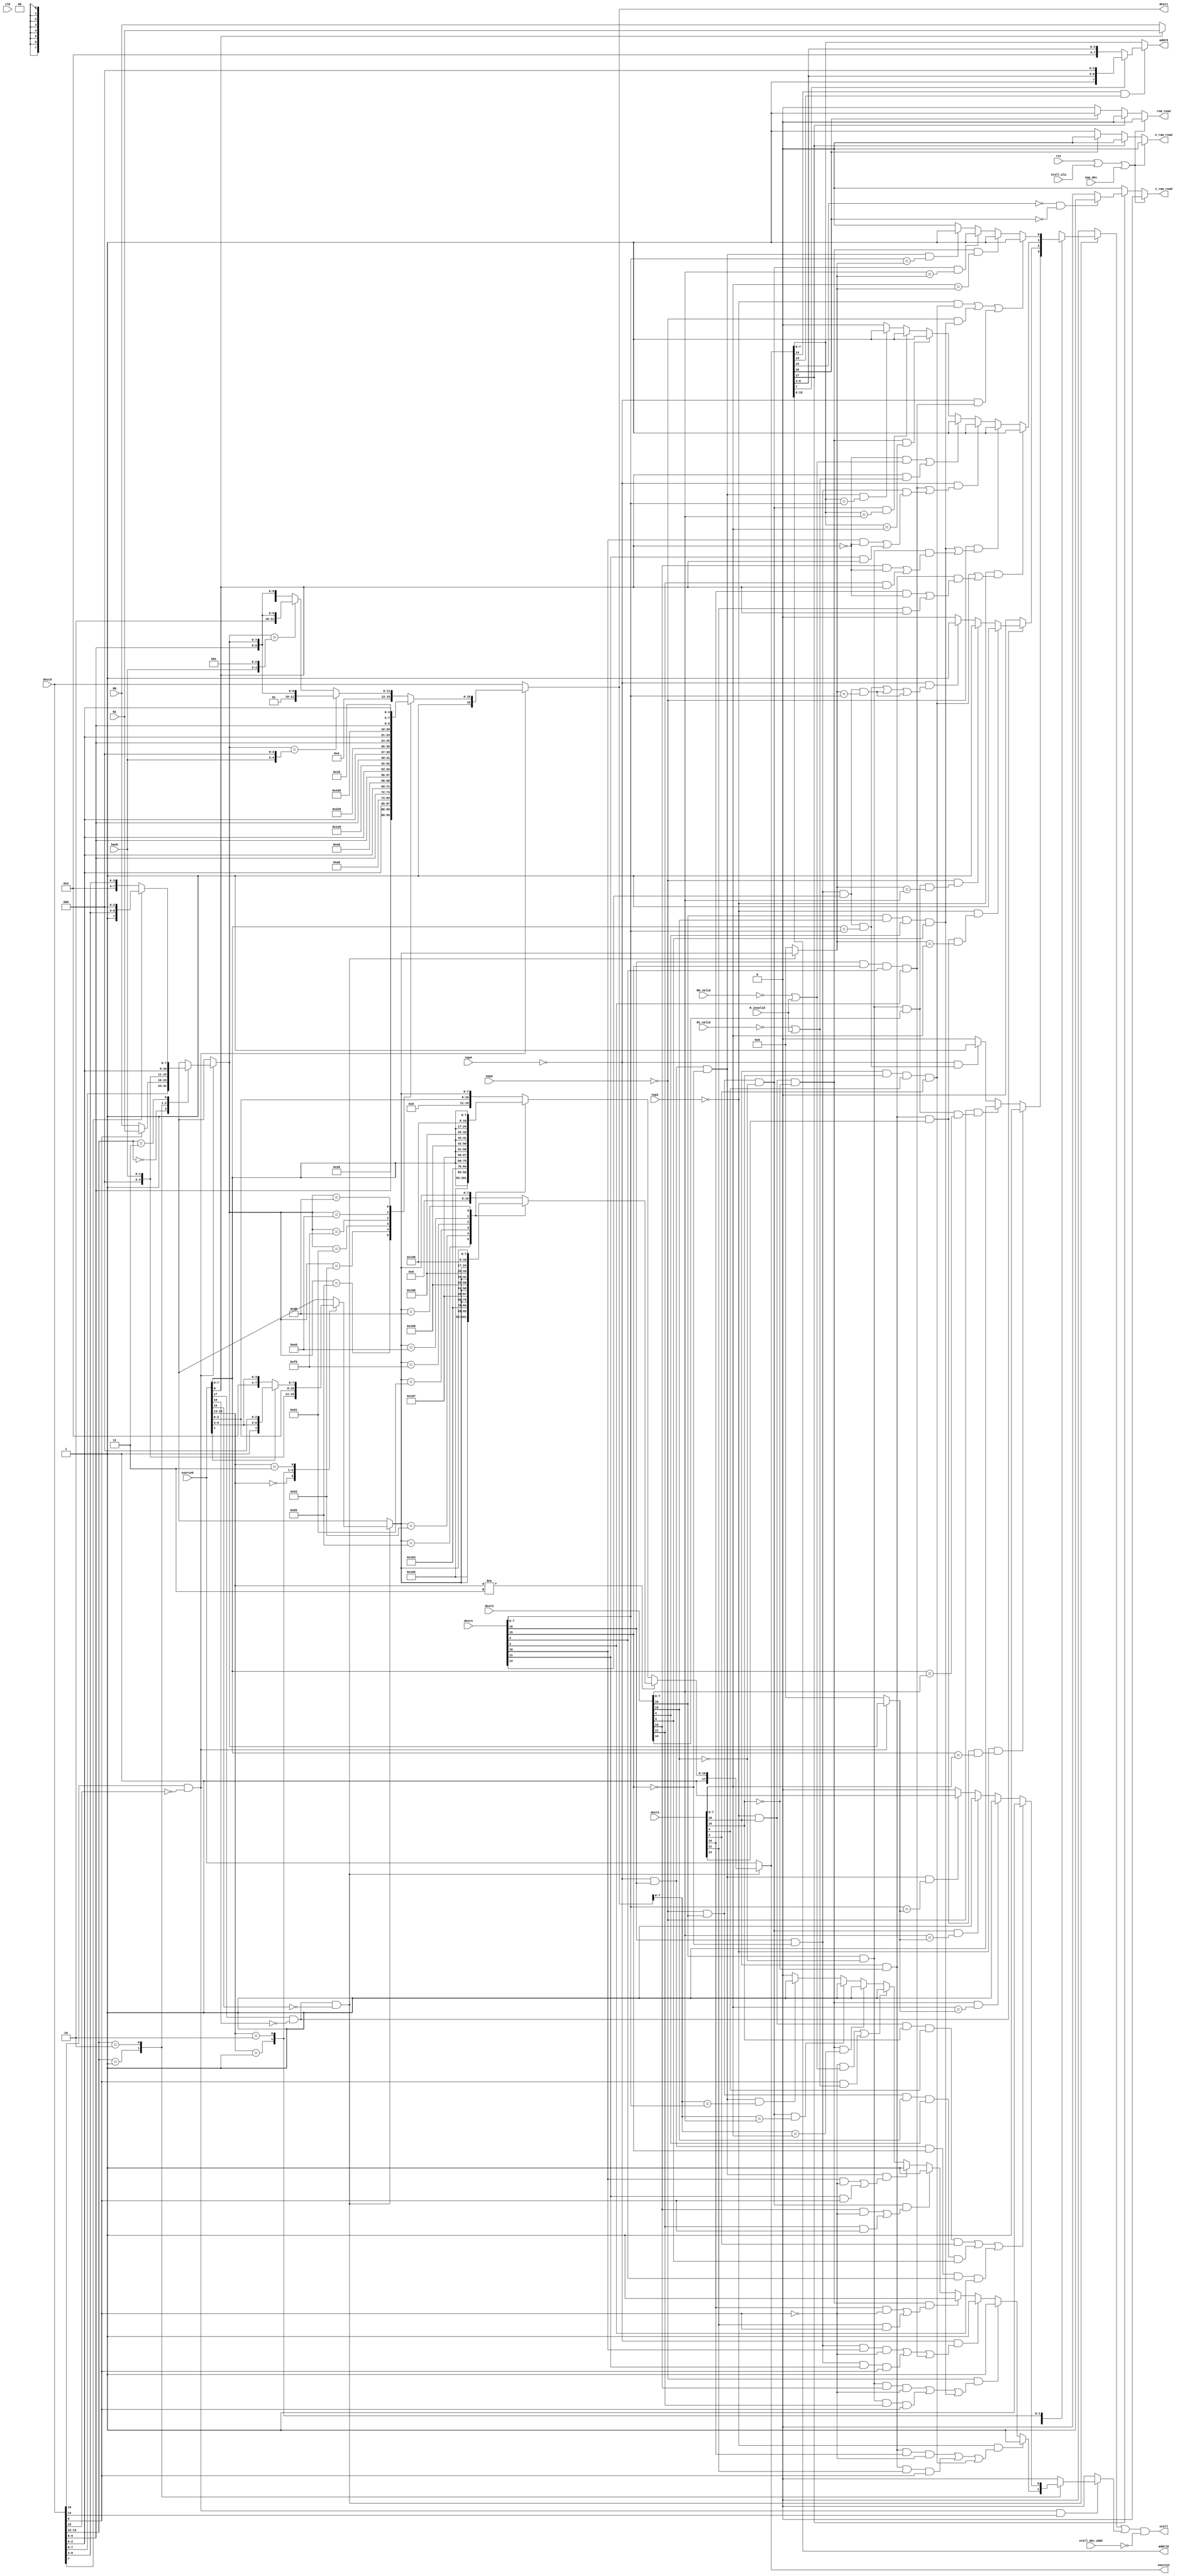
module opAddress(clk,rst,source0,dest0,source1,dest1,dest2,dest3,dest4,R0,R1,R0_valid,R1_valid,R_invalid,addr8,addr16,rom_read,i_ram_read,e_ram_read,bank,stall,stall_alu,stall_dec_addr,nop_dec,nop2,nop3,nop4);

input clk,rst;
input [17:0] source0;
input [16:0] dest0,dest2,dest3,dest4;
output reg [17:0] source1;
output reg [16:0] dest1;

output [7:0] addr8;
output [15:0] addr16;
output reg rom_read;
output reg i_ram_read;
output reg e_ram_read;
input [1:0] bank;
input [7:0] R1,R0;
input R0_valid, R1_valid, R_invalid;
//input stall_alu;
input stall_alu, nop_dec;
input nop2, nop3, nop4;
input stall_dec_addr;

reg [7:0] add_src, add_dst;

output stall;
assign stall = (stall_s || stall_d) && !stall_dec_addr;
reg stall_s, stall_d;

always@(*) begin
  if (source0[17] && !source0[16] && !source0[15]) begin
    case (source0[14:13])
      2'b00   : add_src = source0[7:0];
      2'b01   : add_src = source0[0] ? R1 : R0;
      2'b10   : add_src = {3'b0,bank,source0[2:0]};
      2'b11   : add_src = source0[7] ? {source0[7:3],3'b0} : {2'b0,1'b1,source0[7:3]};
      default : add_src = 8'b0;
    endcase

    if( source0[14:13] != 2'b11 ) 
      case (add_src)
        8'h82 : source1 = {5'b11100,2'b0,3'd2,add_src};  //dptrL 
        8'h83 : source1 = {5'b11100,2'b0,3'd3,add_src};  //dptrH 
        //: source1 = {source0[17:11],3'd4,8'd0};  //PCL    
        //: source1 = {source0[17:11],3'd5,8'd0};  //PCH    
        //: source1 = {source0[17:11],3'd6,8'd0};  //SPL    
        8'h81 : source1 = {5'b11100,2'b0,3'd7,add_src};  //SPH   
        8'hF0 : source1 = {5'b11100,2'd1,3'b0,add_src}; //B    
        8'hE0 : source1 = {5'b11100,2'd2,3'b0,add_src}; //ACC    
        8'hD0 : source1 = {5'b11100,2'd3,3'b0,add_src}; //PSW    
        default : source1 = {10'b1000000000,add_src};
      endcase
    else
      case (add_src)
        8'h82 : source1 = {5'b11100,2'b0,3'd2,source0[7:0]};  //dptrL 
        8'h83 : source1 = {5'b11100,2'b0,3'd3,source0[7:0]};  //dptrH 
        //: source1 = {source0[17:11],3'd4,8'd0};  //PCL    
        //: source1 = {source0[17:11],3'd5,8'd0};  //PCH    
        //: source1 = {source0[17:11],3'd6,8'd0};  //SPL    
        8'h81 : source1 = {5'b11100,2'b0,3'd7,source0[7:0]};  //SPH   
        8'hF0 : source1 = {5'b11100,2'd1,3'b0,source0[7:0]}; //B    
        8'hE0 : source1 = {5'b11100,2'd2,3'b0,source0[7:0]}; //ACC    
        8'hD0 : source1 = {5'b11100,2'd3,3'b0,source0[7:0]}; //PSW    
        default : source1 = {7'b1000000,source0[2:0],add_src};
      endcase
  end
  else begin
    source1 = source0;
    add_src = 8'b0;
  end
end

always@(*) begin
	if (source0[17] && !source0[16] && !source0[15]) begin
		case (source0[14:13])
			2'b00 	: 
          //add_src = source0[7:0]; 					    // Direct addressing
          if (!nop2 && ((dest2[16] && !dest2[15] && dest2[14] && (source0[7:0] == dest2[7:0])) || 
              (dest2[16] && !dest2[15] && dest2[14] && (source0[7:0] == dest2[7:0])) ||
              (dest2[16] && !dest2[15] && dest2[14] && (source0[7:0] == dest2[7:0])))) begin
            stall_s = 1'b1; 
          end
          else if (!nop3 && ((dest3[16] && !dest3[15] && dest3[14] && (source0[7:0] == dest3[7:0])) || 
              (dest3[16] && !dest3[15] && dest3[14] && (source0[7:0] == dest3[7:0])) ||
              (dest3[16] && !dest3[15] && dest3[14] && (source0[7:0] == dest3[7:0])))) begin
            stall_s = 1'b1; 
          end
          else if (!nop4 && ((dest4[16] && !dest4[15] && dest4[14] && (source0[7:0] == dest4[7:0])) || 
              (dest4[16] && !dest4[15] && dest4[14] && (source0[7:0] == dest4[7:0])) ||
              (dest4[16] && !dest4[15] && dest4[14] && (source0[7:0] == dest4[7:0])))) begin
            stall_s = 1'b1;
          end
          else begin
            stall_s = 1'b0;            
          end
			2'b11 	: 
          //add_src = source0[7:0]; 					    // Direct addressing
          if (source0[17] && !source0[16]) begin
            if (!nop2 && ((dest2[16] && !dest2[15] && dest2[14] && (add_src == dest2[7:0])) || 
                (dest2[16] && !dest2[15] && dest2[14] && (add_src == dest2[7:0])) ||
                (dest2[16] && !dest2[15] && dest2[14] && (add_src == dest2[7:0])))) begin
              stall_s = 1'b1; 
            end
            else if (!nop3 && ((dest3[16] && !dest3[15] && dest3[14] && (add_src == dest3[7:0])) || 
                (dest3[16] && !dest3[15] && dest3[14] && (add_src == dest3[7:0])) ||
                (dest3[16] && !dest3[15] && dest3[14] && (add_src == dest3[7:0])))) begin
              stall_s = 1'b1; 
            end
            else if (!nop4 && ((dest4[16] && !dest4[15] && dest4[14] && (source0[7:0] == dest4[7:0])) || 
                (dest4[16] && !dest4[15] && dest4[14] && (add_src == dest4[7:0])) ||
                (dest4[16] && !dest4[15] && dest4[14] && (add_src == dest4[7:0])))) begin
              stall_s = 1'b1;
            end
            else stall_s = 1'b0;
          end
          else stall_s = 1'b0;            
			2'b01 	: 
          //add_src = source0[0] ? R1 : R0; 			// Indirect addressing
               if (!nop2 && ((dest2[16] && dest2[15] && dest2[4] && dest2[3]) || (dest2[16] && !dest2[15] && ((dest2[10] && !source0[0]) || (dest2[11] && source0[0]))))) stall_s = 1'b1;
          else if (!nop3 && ((dest3[16] && dest3[15] && dest3[4] && dest3[3]) || (dest3[16] && !dest3[15] && ((dest3[10] && !source0[0]) || (dest3[11] && source0[0]))))) stall_s = 1'b1;
          else if (!nop4 && ((dest4[16] && dest4[15] && dest4[4] && dest4[3]) || (dest4[16] && !dest4[15] && ((dest4[10] && !source0[0]) || (dest4[11] && source0[0]))))) stall_s = 1'b1;
          else if ((!source0[0] && (!R0_valid || R_invalid)) || (source0[0] && (!R1_valid || R_invalid))) stall_s = 1'b1;
          else if (!nop2 && dest2[16] && !dest2[15] && (source1[7:0] == dest2[7:0])) stall_s = 1'b1;
          else if (!nop3 && dest3[16] && !dest3[15] && (source1[7:0] == dest3[7:0])) stall_s = 1'b1;
          else if (!nop4 && dest4[16] && !dest4[15] && (source1[7:0] == dest4[7:0])) stall_s = 1'b1;
          else stall_s = 1'b0;            
      2'b10 	: 
          //add_src = {3'b0,bank,source0[2:0]}; 	// Register addressing
          if((!nop2 && (dest2[16] && dest2[15] && dest2[4] && dest2[3])) ||
             (!nop3 && (dest3[16] && dest3[15] && dest3[4] && dest3[3])) ||
             (!nop4 && (dest4[16] && dest4[15] && dest4[4] && dest4[3])))
            stall_s = 1'b1; 
          else if (!nop2 && dest2[16] && !dest2[15] && (dest2[7:0] == add_src)) stall_s = 1'b1;
          else if (!nop3 && dest3[16] && !dest3[15] && (dest3[7:0] == add_src)) stall_s = 1'b1;
          else if (!nop4 && dest4[16] && !dest4[15] && (dest4[7:0] == add_src)) stall_s = 1'b1;
          else begin
            stall_s = 1'b0;            
          end
		endcase
	end
  else begin
    stall_s = 1'b0;
  end
end

always@(*) begin
  if (dest0[16] && !dest0[15]) begin
    case (dest0[13:12])
      2'b00   : add_dst = dest0[7:0];
      2'b01   : add_dst = dest0[0] ? R1 : R0;
      2'b10   : add_dst = {3'b0,bank,dest0[2:0]};
      2'b11   : add_dst = dest0[7] ? {dest0[7:3],3'b0} : {2'b0,1'b1,dest0[7:3]};
      default : add_dst = 8'b0;
    endcase

    case (add_dst)
      8'h82 : dest1 = {3'b110,4'b0,dest0[9:8],dest0[2:0],2'd0,3'd2};
      8'h83 : dest1 = {3'b110,4'b0,dest0[9:8],dest0[2:0],2'd0,3'd3};
      //PCL   : dest1 = {dest0[16:8],3'd0,2'd0,3'd4};
      //PCH   : dest1 = {dest0[16:8],3'd0,2'd0,3'd5};
      //SPL   : dest1 = {dest0[16:8],3'd0,2'd0,3'd6};
      8'h81 : dest1 = {3'b110,4'b0,dest0[9:8],dest0[2:0],2'd0,3'd7};
      8'hF0 : dest1 = {3'b110,4'b0,dest0[9:8],dest0[2:0],2'd1,3'd0};
      8'hE0 : dest1 = {3'b110,4'b0,dest0[9:8],dest0[2:0],2'd2,3'd0};
      8'hD0 : dest1 = {3'b110,4'b0,dest0[9:8],dest0[2:0],2'd3,3'd0};
      default : begin
        if      (add_dst == {3'b0,bank,3'b0})  dest1 = {5'b10100,2'b01,dest0[9:8],add_dst}; 
        else if (add_dst == {3'b0,bank,3'b1})  dest1 = {5'b10100,2'b10,dest0[9:8],add_dst}; 
        else                                   dest1 = {5'b10100,2'b00,dest0[9:8],add_dst}; 
      end
    endcase
  end
  else begin
    dest1 = dest0;
    add_dst = 8'b0;
  end

end

always@(*) begin
	if (dest0[16] && !dest0[15] && dest0[14]) begin
		case (dest0[13:12])
			2'b01 	: 
      //add_dst = dest0[0] ? R1 : R0; 		// Indirect addressing
          if (!nop2 && ((dest2[16] && !dest2[15] && dest2[10] && !dest0[0]) ||
              (dest2[16] && !dest2[15] && dest2[11] && dest0[0]) ||
              (dest2[16] && dest2[15] && dest2[4] && dest2[3]))) begin
            stall_d = 1'b1; 
          end
          else if (!nop3 && ((dest3[16] && !dest3[15] && dest3[10] && !dest0[0]) ||
              (dest3[16] && !dest3[15] && dest3[11] && dest0[0]) ||
              (dest3[16] && dest3[15] && dest3[4] && dest3[3]))) begin
            stall_d = 1'b1; 
          end
          else if (!nop4 && ((dest4[16] && !dest4[15] && dest4[10] && !dest0[0]) ||
              (dest4[16] && !dest4[15] && dest4[11] && dest0[0]) ||
              (dest4[16] && dest4[15] && dest4[4] && dest4[3]))) begin
            stall_d = 1'b1; 
          end
          else if (!nop2 && dest2[16] && !dest2[15] && ((dest2[10] && !dest0[0]) || (dest2[11] && dest0[0]))) stall_d = 1'b1;
          else if (!nop3 && dest3[16] && !dest3[15] && ((dest3[10] && !dest0[0]) || (dest3[11] && dest0[0]))) stall_d = 1'b1;
          else if (!nop4 && dest4[16] && !dest4[15] && ((dest4[10] && !dest0[0]) || (dest4[11] && dest0[0]))) stall_d = 1'b1;
          else if ((!dest0[0] && (!R0_valid || R_invalid)) || (dest0[0] && (!R1_valid || R_invalid))) stall_d = 1'b1;
          else if (!nop2 && dest2[16] && !dest2[15] && (dest1[7:0] == dest2[7:0])) stall_d = 1'b1;
          else if (!nop3 && dest3[16] && !dest3[15] && (dest1[7:0] == dest3[7:0])) stall_d = 1'b1;
          else if (!nop4 && dest4[16] && !dest4[15] && (dest1[7:0] == dest4[7:0])) stall_d = 1'b1;
          else stall_d = 1'b0;            
			2'b10 	: 
          if ((!nop2 && dest2[16] && dest2[15] && dest2[4] && dest2[3]) ||
              (!nop3 && dest3[16] && dest3[15] && dest3[4] && dest3[3]) ||
              (!nop4 && dest4[16] && dest4[15] && dest4[4] && dest4[3]))
            stall_d = 1'b1;
          else if (!nop2 && dest2[16] && !dest2[15] && (dest2[7:0] == add_dst)) stall_d = 1'b1;
          else if (!nop3 && dest3[16] && !dest3[15] && (dest3[7:0] == add_dst)) stall_d = 1'b1;
          else if (!nop4 && dest4[16] && !dest4[15] && (dest4[7:0] == add_dst)) stall_d = 1'b1;
          else begin
            stall_d = 1'b0;            
          end
			default : 
          begin stall_d = 1'b0; end
		endcase
	end
	else begin
    stall_d = 1'b0;
  end
end


assign addr16 = source1[15:0];
assign addr8 = (source1[14] && source1[13]) ? (source1[7] ? {source1[7:3],3'b0} : {2'b0,1'b1,source1[7:3]}) : source1[7:0];


always@(*) begin
// in case of 16 bit operand, need to modify source format
rom_read = 1'b0;
i_ram_read = 1'b0;
e_ram_read = 1'b0;
if (rst || stall_alu || nop_dec) begin
  rom_read = 1'b0;
  i_ram_read = 1'b0;
  e_ram_read = 1'b0;
end
else if (!source1[17]) // Long address
  	if (!source1[16]) e_ram_read = 1'b1;
  	else rom_read = 1'b1;
else 
	if (!source1[15] && !source1[16]) i_ram_read = 1'b1;
end

endmodule